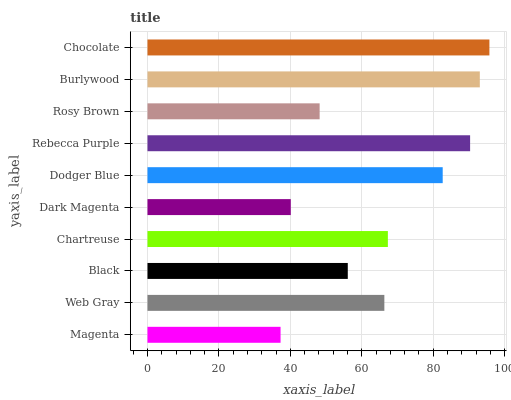
| yaxis_label | bars |
 | --- | --- |
 | Magenta | 37.3 |
 | Web Gray | 66.3 |
 | Black | 56.1 |
 | Chartreuse | 67.3 |
 | Dark Magenta | 40.1 |
 | Dodger Blue | 82.6 |
 | Rebecca Purple | 90.3 |
 | Rosy Brown | 48.2 |
 | Burlywood | 93 |
 | Chocolate | 95.7 |